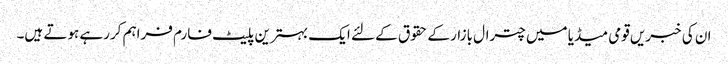
ان کی خبریں قومی میڈیا میں چترال بازار کے حقوق کے لئے ایک بہترین پلیٹ فارم فراہم کررہے ہوتے ہیں۔